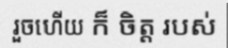
រួចហើយ ក៏ ចិត្ត របស់